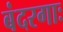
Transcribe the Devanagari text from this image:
बंदरगाः